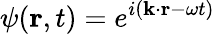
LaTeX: \psi(\mathbf{r},t)=e^{i(\mathbf{k}\cdot\mathbf{r}-\omega t)}